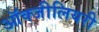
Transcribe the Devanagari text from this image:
ऑक्जीलियरी